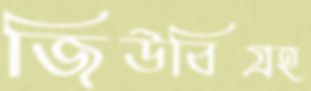
জিউবিগ্রহ